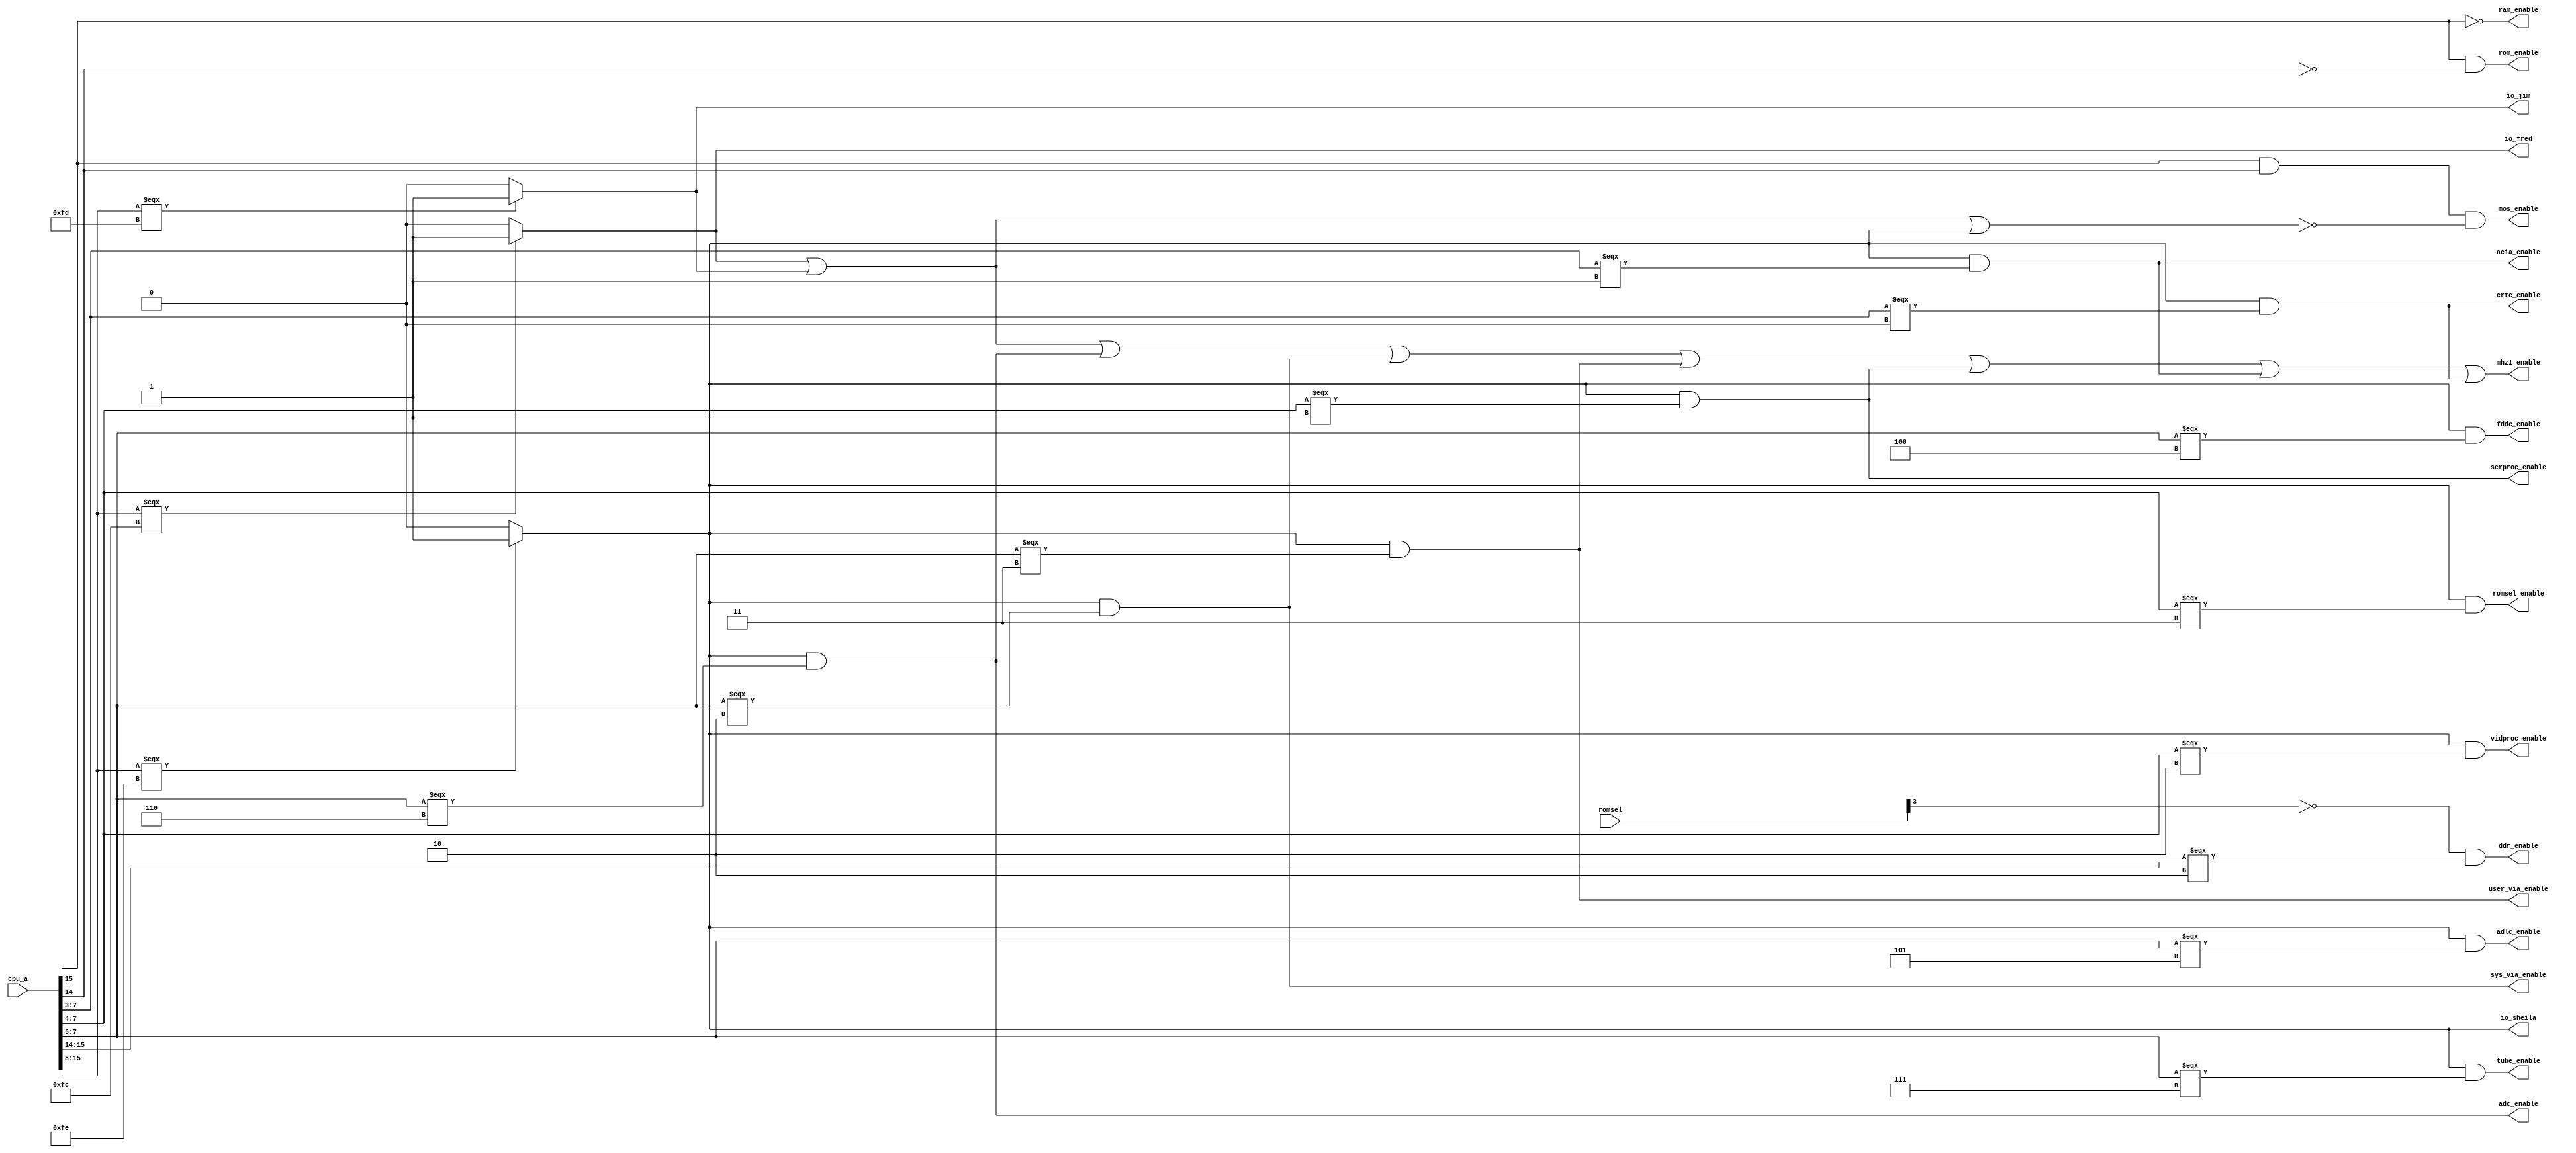
`timescale 1ns / 1ps
/*Copyright (c) 2012, Stephen J Leary
All rights reserved.

Redistribution and use in source and binary forms, with or without
modification, are permitted provided that the following conditions are met:
    * Redistributions of source code must retain the above copyright
      notice, this list of conditions and the following disclaimer.
    * Redistributions in binary form must reproduce the above copyright
      notice, this list of conditions and the following disclaimer in the
      documentation and/or other materials provided with the distribution.
    * Neither the name of the author nor the
      names of its contributors may be used to endorse or promote products
      derived from this software without specific prior written permission.

THIS SOFTWARE IS PROVIDED BY THE COPYRIGHT HOLDERS AND CONTRIBUTORS "AS IS" AND
ANY EXPRESS OR IMPLIED WARRANTIES, INCLUDING, BUT NOT LIMITED TO, THE IMPLIED
WARRANTIES OF MERCHANTABILITY AND FITNESS FOR A PARTICULAR PURPOSE ARE
DISCLAIMED. IN NO EVENT SHALL STEPHEN J LEARY BE LIABLE FOR ANY
DIRECT, INDIRECT, INCIDENTAL, SPECIAL, EXEMPLARY, OR CONSEQUENTIAL DAMAGES
(INCLUDING, BUT NOT LIMITED TO, PROCUREMENT OF SUBSTITUTE GOODS OR SERVICES;
LOSS OF USE, DATA, OR PROFITS; OR BUSINESS INTERRUPTION) HOWEVER CAUSED AND
ON ANY THEORY OF LIABILITY, WHETHER IN CONTRACT, STRICT LIABILITY, OR TORT
(INCLUDING NEGLIGENCE OR OTHERWISE) ARISING IN ANY WAY OUT OF THE USE OF THIS
SOFTWARE, EVEN IF ADVISED OF THE POSSIBILITY OF SUCH DAMAGE.
*/
module address_decode(

      input [15:0] cpu_a,
      input [3:0]  romsel,

      output    ddr_enable,
      //  Memory enables
      output    ram_enable,
      //  0x0000
      output    rom_enable,
      //  0x8000 (BASIC/sideways ROMs)
      output    mos_enable,
      //  0xC000

      //  IO region enables
      output    io_fred,
      //  0xFC00 (1 MHz bus)
      output    io_jim,
      //  0xFD00 (1 MHz bus)
      output    io_sheila,
      //  0xFE00 (System peripherals)

      //  SHIELA
      output     crtc_enable,
      //  0xFE00-FE07
      output     acia_enable,
      //  0xFE08-FE0F
      output     serproc_enable,
      //  0xFE10-FE1F
      output     vidproc_enable,
      //  0xFE20-FE2F
      output     romsel_enable,
      //  0xFE30-FE3F
      output     sys_via_enable,
      //  0xFE40-FE5F
      output     user_via_enable,
      //  0xFE60-FE7F
      output     fddc_enable,
      //  0xFE80-FE9F
      output     adlc_enable,
      //  0xFEA0-FEBF (Econet)
      output     adc_enable,
      //  0xFEC0-FEDF
      output     tube_enable,
      //  0xFEE0-FEFF
      output    mhz1_enable
    );

//  Set for access to any 1 MHz peripheral

//  Address decoding
//  0x0000 = 32 KB SRAM
//  0x8000 = 16 KB BASIC/Sideways ROMs
//  0xC000 = 16 KB MOS ROM
//
//  IO regions are mapped into a hole in the MOS.  There are three regions:
//  0xFC00 = FRED
//  0xFD00 = JIM
//  0xFE00 = SHEILA
assign ddr_enable = (!romsel[3] & (cpu_a[15:14] === 2'b10));
assign ram_enable = ~cpu_a[15];
assign rom_enable = cpu_a[15] & ~cpu_a[14];
assign mos_enable = cpu_a[15] & cpu_a[14] & ~(io_fred | io_jim | io_sheila);
assign io_fred = cpu_a[15:8] === 8'b 11111100 ? 1'b 1 : 1'b 0;
assign io_jim = cpu_a[15:8] === 8'b 11111101 ? 1'b 1 : 1'b 0;
assign io_sheila = cpu_a[15:8] === 8'b 11111110 ? 1'b 1 : 1'b 0;

//  The following IO regions are accessed at 1 MHz and hence will stall the
//  CPU accordingly
assign mhz1_enable = io_fred | io_jim | adc_enable | sys_via_enable |
      user_via_enable | serproc_enable | acia_enable | crtc_enable;

//  SHEILA address demux
//  All the system peripherals are mapped into this page as follows:
//  0xFE00 - 0xFE07 = MC6845 CRTC
//  0xFE08 - 0xFE0F = MC6850 ACIA (Serial/Tape)
//  0xFE10 - 0xFE1F = Serial ULA
//  0xFE20 - 0xFE2F = Video ULA
//  0xFE30 - 0xFE3F = Paged ROM select latch
//  0xFE40 - 0xFE5F = System VIA (6522)
//  0xFE60 - 0xFE7F = User VIA (6522)
//  0xFE80 - 0xFE9F = 8271 Floppy disc controller
//  0xFEA0 - 0xFEBF = 68B54 ADLC for Econet
//  0xFEC0 - 0xFEDF = uPD7002 ADC
//  0xFEE0 - 0xFEFF = Tube ULA

assign crtc_enable = io_sheila & (cpu_a[7:3] === 'd0);
assign acia_enable = io_sheila & (cpu_a[7:3] === 'd1);

assign serproc_enable   = io_sheila & (cpu_a[7:4] === 'b0001);
assign vidproc_enable   = io_sheila & (cpu_a[7:4] === 'b0010);
assign romsel_enable    = io_sheila & (cpu_a[7:4] === 'b0011);

assign sys_via_enable   = io_sheila & (cpu_a[7:5] === 'b010);
assign user_via_enable  = io_sheila & (cpu_a[7:5] === 'b011);

assign fddc_enable      = io_sheila & (cpu_a[7:5] === 'b100);
assign adlc_enable      = io_sheila & (cpu_a[7:5] === 'b101);
assign adc_enable       = io_sheila & (cpu_a[7:5] === 'b110);
assign tube_enable      = io_sheila & (cpu_a[7:5] === 'b111);

endmodule